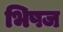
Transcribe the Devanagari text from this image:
भिषज